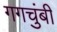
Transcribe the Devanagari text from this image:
गगचुंबी